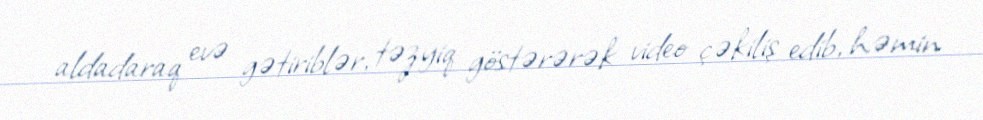
aldadaraq evə gətiriblər, təzyiq göstərərək video çəkiliş edib, həmin